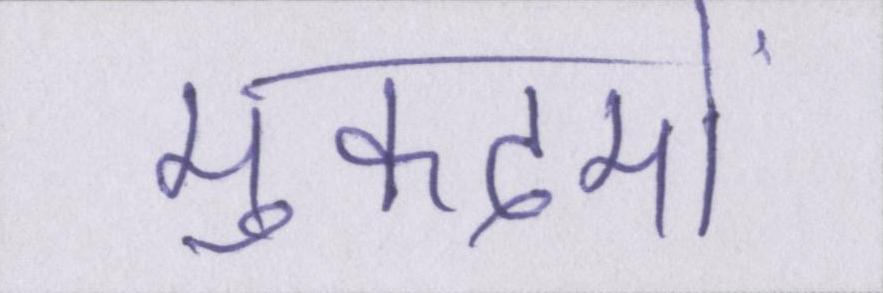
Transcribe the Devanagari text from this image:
मुकदमों